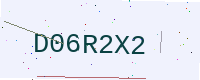
Text: D06R2X2